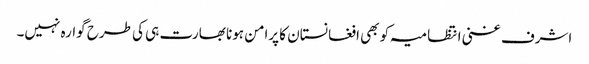
اشرف غنی انتظامیہ کو بھی افغانستان کا پرامن ہونا بھارت ہی کی طرح گوارہ نہیں۔